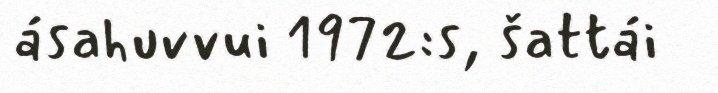
ásahuvvui 1972:s, šattái